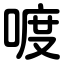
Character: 喥